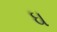
ઘ